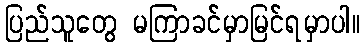
ပြည်သူတွေ မကြာခင်မှာမြင်ရမှာပါ။